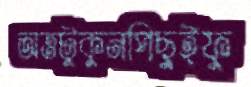
অত্তটুকুনপিছুইফু